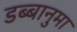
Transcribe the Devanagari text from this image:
डब्बानुमा